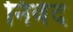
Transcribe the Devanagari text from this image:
निवेदं